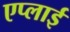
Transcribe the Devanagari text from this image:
एप्लाई